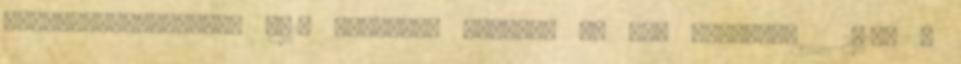
Képviselőtestülete 8417 Csetény, Rákóczi u. 30. Ikt.sz.: 2014. J